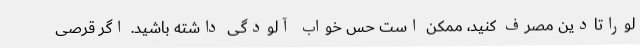
لوراتادین مصرف کنید، ممکن است حس خواب آلودگی داشته باشید. اگر قرصی